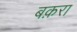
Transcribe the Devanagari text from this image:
बक़रा